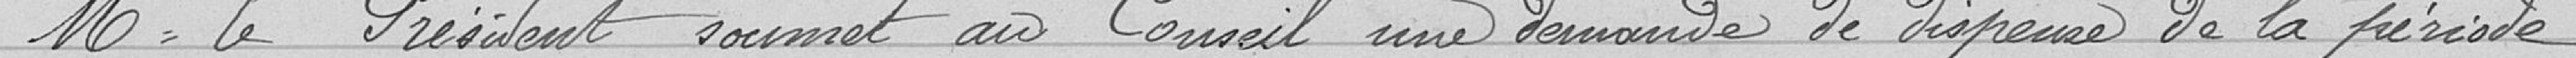
Monsieur le Président soumet au Conseil une demande de dispense de la période